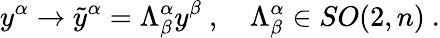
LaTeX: {y}^{\alpha}\rightarrow\tilde{y}^{\alpha}=\Lambda_{\beta}^{\alpha}y^{\beta}~,~~~~\Lambda_{\beta}^{\alpha}\in SO(2,n)~.